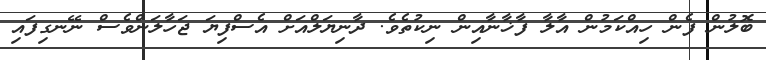
ބޮލުން ފެން ހިއްކަމުން އާލާ ފާޚާނާއިން ނިކުތެވެ. ދާނިޔަލްއަށް އެސްފިޔަ ޖަހާލަންވެސް ނޭނގިފައި